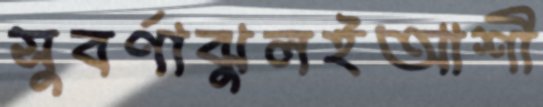
সুবর্ণাঝুলইআশী